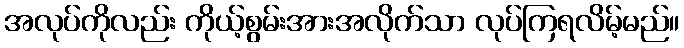
အလုပ်ကိုလည်း ကိုယ့်စွမ်းအားအလိုက်သာ လုပ်ကြရလိမ့်မည်။